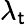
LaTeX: \lambda_{\mathsf{t}}